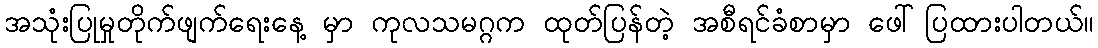
အသုံးပြုမှုတိုက်ဖျက်ရေးနေ့ မှာ ကုလသမဂ္ဂက ထုတ်ပြန်တဲ့ အစီရင်ခံစာမှာ ဖေါ်ပြထားပါတယ်။